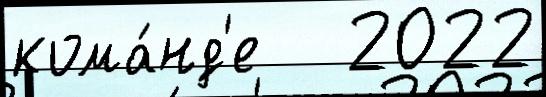
кома́нд'е   2022